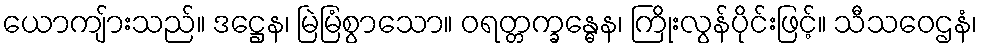
ယောကျ်ားသည်။ ဒဋ္ဌေန၊ မြဲမြံစွာသော။ ဝရတ္တက္ခန္ဓေန၊ ကြိုးလွန်ပိုင်းဖြင့်။ သီသဝေဌနံ၊